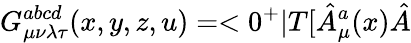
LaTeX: G_{\mu\nu\lambda\tau}^{abcd}(x,y,z,u)=<0^{+}|T[\hat{A}_{\mu}^{a}(x)\hat{A}